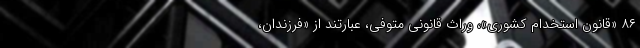
۸۶ «قانون استخدام کشوری»، وراث قانونی متوفی، عبارتند از «فرزندان،